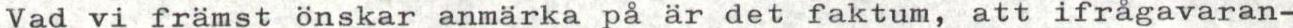
Vad vi främst önskar anmärka på är det faktum, att ifrågavaran-